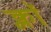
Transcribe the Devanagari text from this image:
क्लॉ